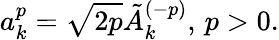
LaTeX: a_{k}^{p}=\sqrt{2p}\tilde{A}_{k}^{(-p)},\, p>0.